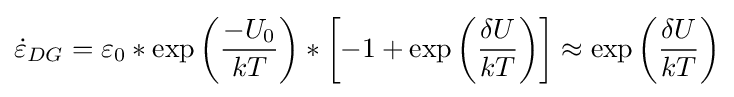
{\dot {\varepsilon }}_{DG}=\varepsilon _{0}*\exp \left({\frac {-U_{0}}{kT}}\right)*\left[-1+\exp \left({\frac {\delta U}{kT}}\right)\right]\approx \exp \left({\frac {\delta U}{kT}}\right)